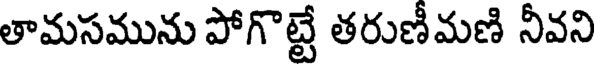
తామసమును పోగొట్టే తరుణీమణి నీవని